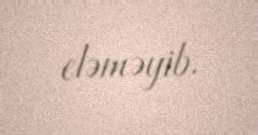
eləməyib.